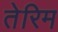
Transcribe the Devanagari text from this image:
तेरिम